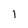
Character: I